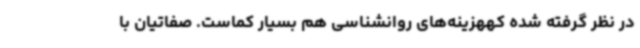
در نظر گرفته شده کههزینه‌های روانشناسی هم بسیار کماست. صفاتیان با